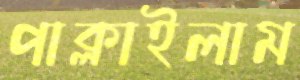
পাক্‌লাইলাম